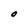
Character: O